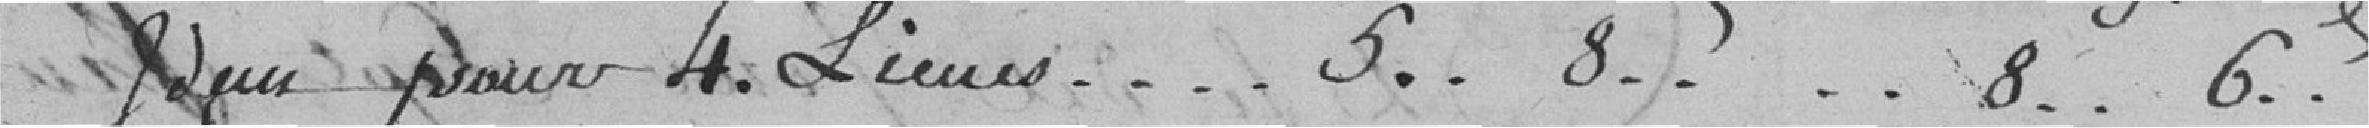
Idem pour 4 lieues....5..8....8..6..